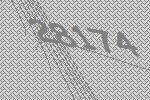
28174